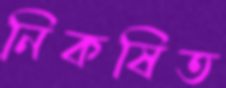
নিকষিত